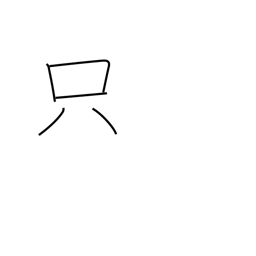
Meaning: free